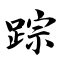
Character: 踪